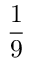
\frac { 1 } { 9 }